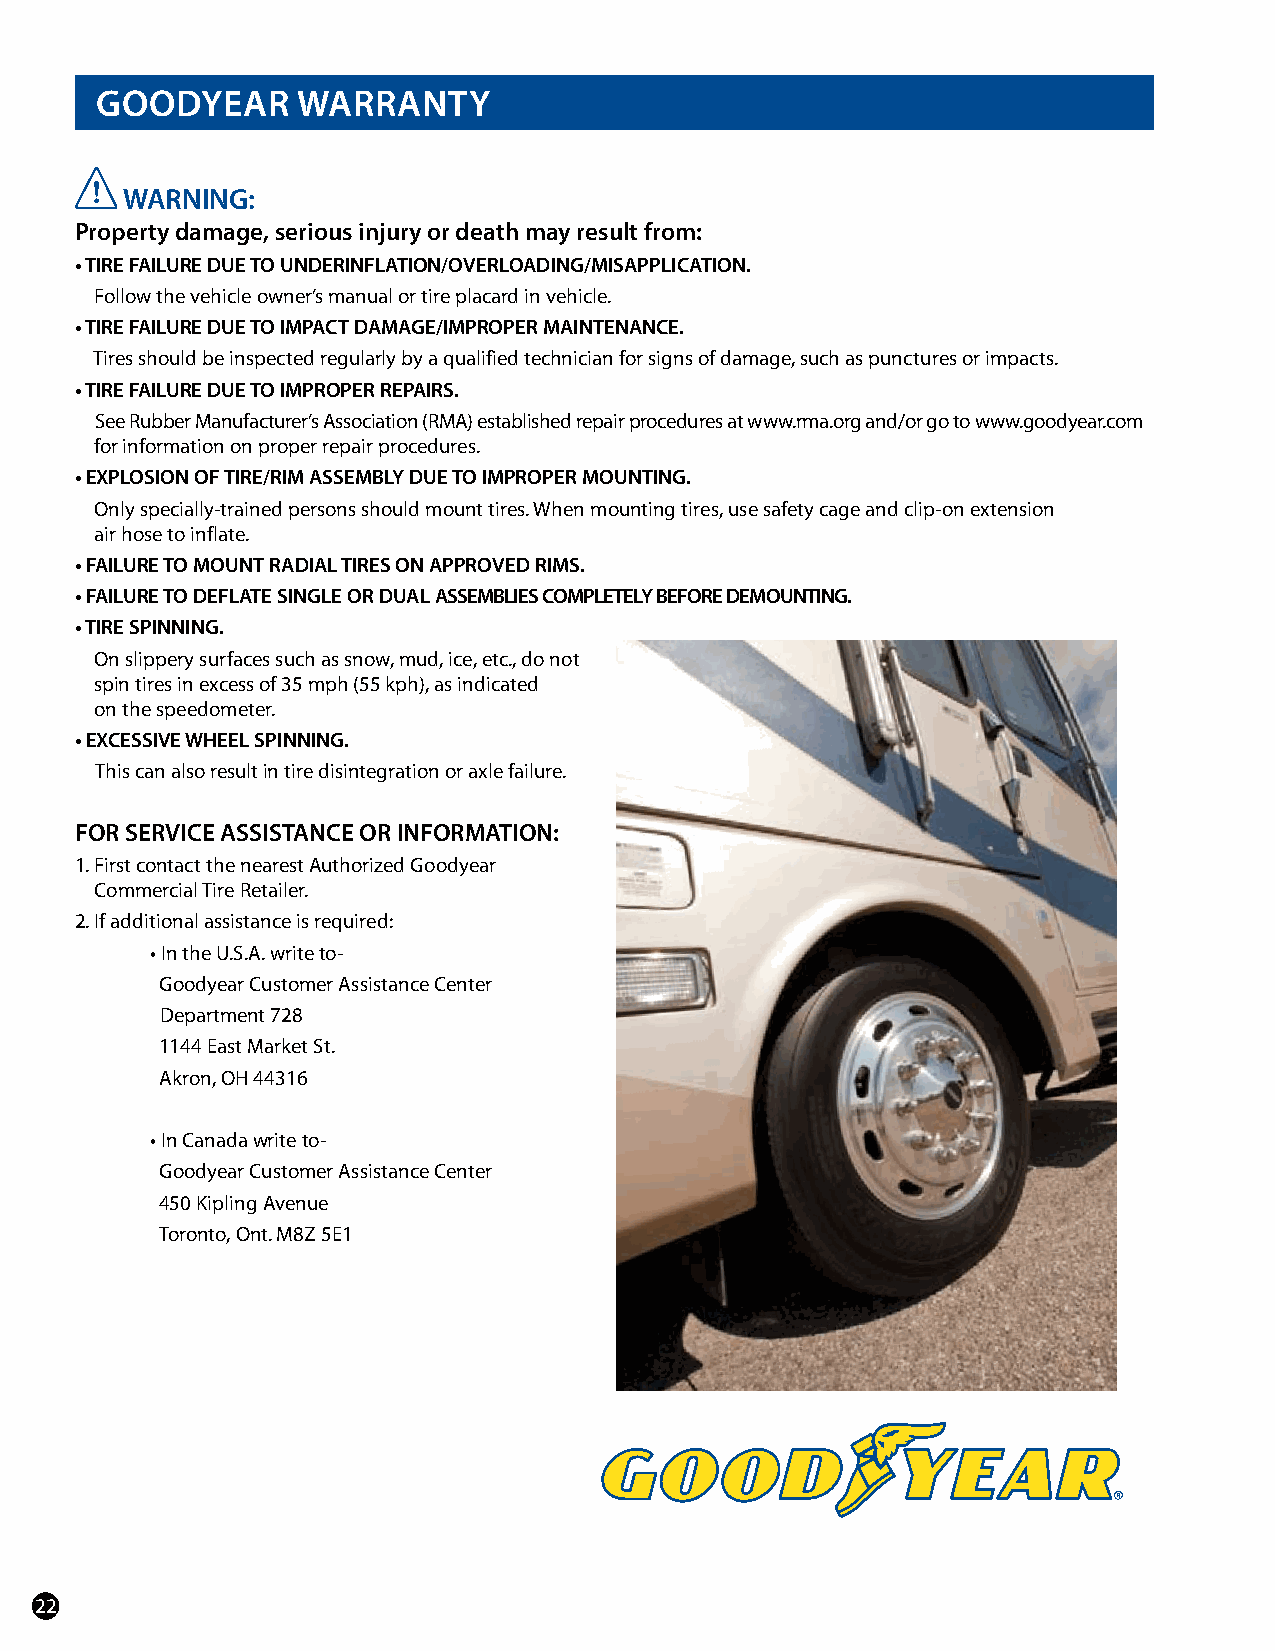
GoodyeaR      WaRRanTy
 WaRnInG:
 Property damage, serious injury or death may result from:
 • TIRE FAILURE DUE TO UNDERINFLATION/OVERLOADING/MISAPPLICATION.
 Follow the vehicle owner’s manual or tire placard in vehicle.
 • TIRE FAILURE DUE TO IMPACT DAMAGE/IMPROPER MAINTENANCE.
 Tires should be inspected regularly by a qualified technician for signs of damage, such as punctures or impacts.
 • TIRE FAILURE DUE TO IMPROPER REPAIRS.
 See Rubber Manufacturer’s Association (RMA) established repair procedures at www.rma.org and/or go to www.goodyear.com
 for information on proper repair procedures.
 • EXPLOSION OF TIRE/RIM ASSEMBLY DUE TO IMPROPER MOUNTING.
 Only specially-trained persons should mount tires. When mounting tires, use safety cage and clip-on extension
 air hose to inflate.
 • FAILURE TO MOUNT RADIAL TIRES ON APPROVED RIMS.
 • FAILURE TO DEFLATE SINGLE OR DUAL ASSEMBLIES COMPLETELY BEFORE DEMOUNTING.
 • TIRE SPINNING.
 On slippery surfaces such as snow, mud, ice, etc., do not
 spin tires in excess of 35 mph (55 kph), as indicated
 on the speedometer.
 • EXCESSIVE WHEEL SPINNING.
 This can also result in tire disintegration or axle failure.
 foR seRVICe assIsTanCe oR InfoRMaTIon:
 1. First contact the nearest Authorized Goodyear
 Commercial Tire Retailer.
 2. If additional assistance is required:
 • In the U.S.A. write to-
 Goodyear Customer Assistance Center
 Department 728
 1144 East Market St.
 Akron, OH 44316
 • In Canada write to-
 Goodyear Customer Assistance Center
 450 Kipling Avenue
 Toronto, Ont. M8Z 5E1
 22